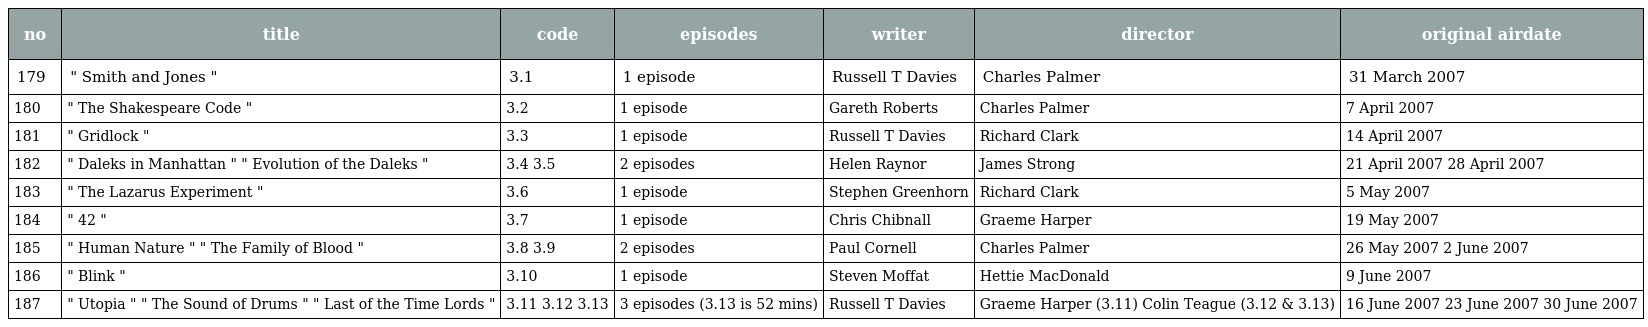
| no | title | code | episodes | writer | director | original airdate |
 | --- | --- | --- | --- | --- | --- | --- |
 | 179 | " Smith and Jones " | 3.1 | 1 episode | Russell T Davies | Charles Palmer | 31 March 2007 |
 | 180 | " The Shakespeare Code " | 3.2 | 1 episode | Gareth Roberts | Charles Palmer | 7 April 2007 |
 | 181 | " Gridlock " | 3.3 | 1 episode | Russell T Davies | Richard Clark | 14 April 2007 |
 | 182 | " Daleks in Manhattan " " Evolution of the Daleks " | 3.4 3.5 | 2 episodes | Helen Raynor | James Strong | 21 April 2007 28 April 2007 |
 | 183 | " The Lazarus Experiment " | 3.6 | 1 episode | Stephen Greenhorn | Richard Clark | 5 May 2007 |
 | 184 | " 42 " | 3.7 | 1 episode | Chris Chibnall | Graeme Harper | 19 May 2007 |
 | 185 | " Human Nature " " The Family of Blood " | 3.8 3.9 | 2 episodes | Paul Cornell | Charles Palmer | 26 May 2007 2 June 2007 |
 | 186 | " Blink " | 3.10 | 1 episode | Steven Moffat | Hettie MacDonald | 9 June 2007 |
 | 187 | " Utopia " " The Sound of Drums " " Last of the Time Lords " | 3.11 3.12 3.13 | 3 episodes (3.13 is 52 mins) | Russell T Davies | Graeme Harper (3.11) Colin Teague (3.12 & 3.13) | 16 June 2007 23 June 2007 30 June 2007 |